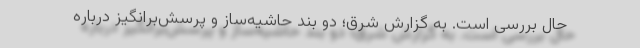
حال بررسی است. به گزارش شرق؛ دو بند حاشیه‌ساز و پرسش‌برانگیز درباره